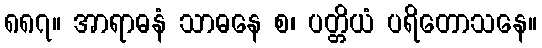
၈၈၇။ အာရာဓနံ သာဓနေ စ၊ ပတ္တိယံ ပရိတောသနေ။